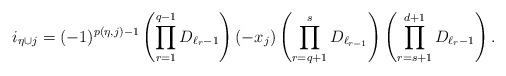
\begin{align*} i_{\eta \cup j}= (-1)^{p(\eta,j)-1}\left(\prod_{r=1}^{q-1}{D_{{\ell_{r}}-1}} \right)\left(-x_j\right)\left(\prod_{r=q+1}^{s}{D_{\ell_{r-1}}}\right)\left(\prod_{r=s+1}^{d+1}{D_{\ell_{r}-1}}\right).\end{align*}